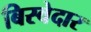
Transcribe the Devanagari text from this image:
बिस्‍वेदार